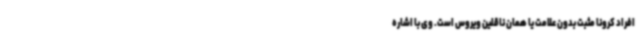
افراد کرونا مثبت بدون علامت یا همان ناقلین ویروس است. وی با اشاره